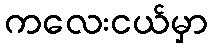
ကလေးငယ်မှာ